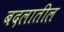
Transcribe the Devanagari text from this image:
बदलातील